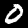
Digit: 0